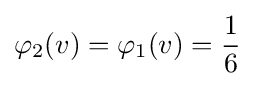
\varphi _{2}(v)=\varphi _{1}(v)={\frac {1}{6}}